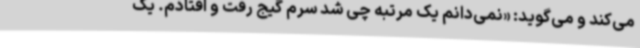
می‌کند و می‌گوید: «نمی‌دانم یک مرتبه چی شد سرم گیج رفت و افتادم. یک